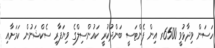
ހަސަން ވިދާޅުވީ 6500ރ އިން ފެންޓަސީ ބަންދުކުރީ ކައުންސިލްގެ ވިޔަފާރި ސެކްޝަނުން ކަމަށާއި